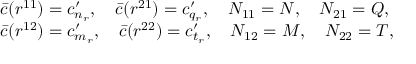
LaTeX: \begin{array} { l } { { \bar { c } ( r ^ { 1 1 } ) = c _ { n _ { r } } ^ { \prime } , \quad \bar { c } ( r ^ { 2 1 } ) = c _ { q _ { r } } ^ { \prime } , \quad N _ { 1 1 } = N , \quad N _ { 2 1 } = Q , } } \\ { { \bar { c } ( r ^ { 1 2 } ) = c _ { m _ { r } } ^ { \prime } , \quad \bar { c } ( r ^ { 2 2 } ) = c _ { t _ { r } } ^ { \prime } , \quad N _ { 1 2 } = M , \quad N _ { 2 2 } = T , } } \end{array}